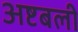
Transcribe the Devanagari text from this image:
अष्टबली